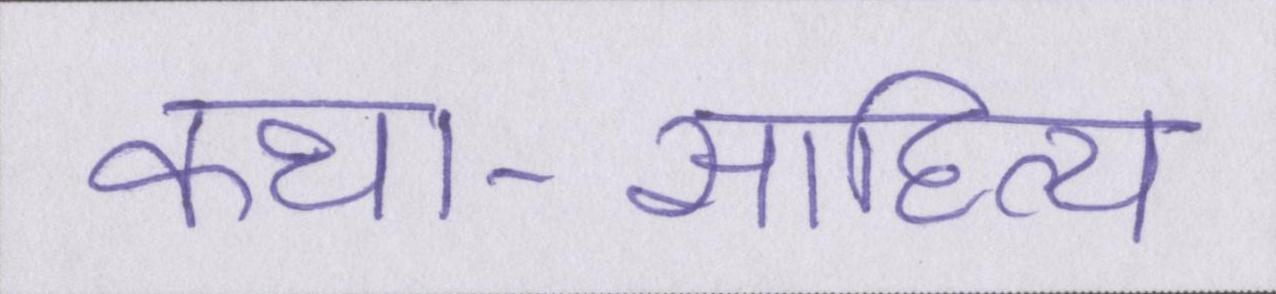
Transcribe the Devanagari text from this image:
कथा-साहित्य